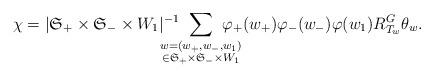
LaTeX: \begin{align*}\chi=|\mathfrak{S}_+\times\mathfrak{S}_-\times W_1|^{-1}\!\!\!\!\!\!\!\!\sum_{\substack{w=(w_+,w_-,w_1)\\\in\mathfrak{S}_+\times\mathfrak{S}_-\times W_1}}\!\!\!\!\!\!\!\!\varphi_+(w_+)\varphi_-(w_-)\varphi(w_1)R^{G}_{T_{w}}\theta_{w}.\end{align*}